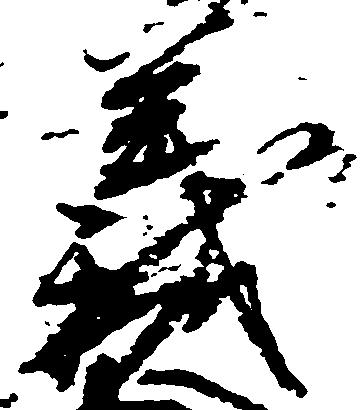
義